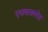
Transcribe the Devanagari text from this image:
एक्सक्लेव